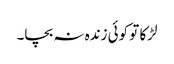
لڑکا تو کوئی زندہ نہ بچا۔